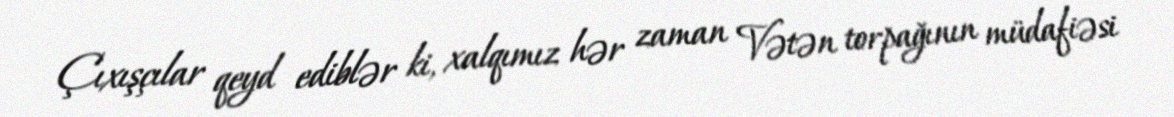
Çıxışçılar qeyd ediblər ki, xalqımız hər zaman Vətən torpağının müdafiəsi